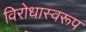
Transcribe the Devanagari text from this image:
विरोधास्वरूप